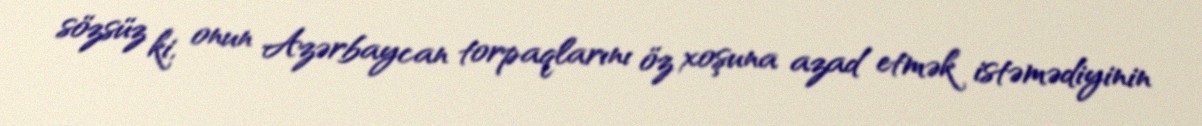
sözsüz ki, onun Azərbaycan torpaqlarını öz xoşuna azad etmək istəmədiyinin